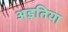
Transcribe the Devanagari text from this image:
अड़तिया